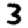
Digit: 3